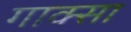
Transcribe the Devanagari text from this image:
गाक्सा